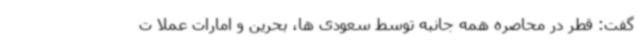
گفت: قطر در محاصره همه جانبه توسط سعودی ها، بحرین و امارات عملا ت